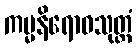
ကမ္မနိရောဓသုတ္တံ